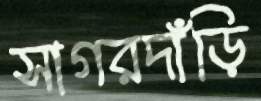
সাগরদাঁড়ি